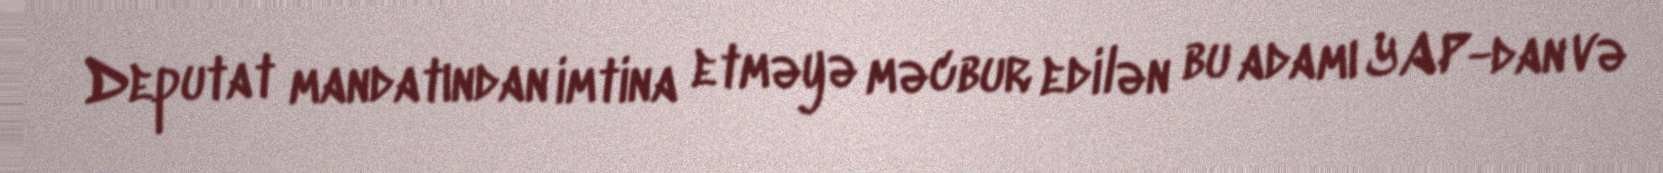
Deputat mandatından imtina etməyə məcbur edilən bu adamı YAP-dan və